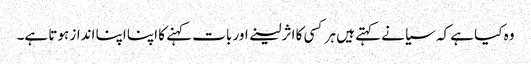
وہ کیا ہے کہ سیانے کہتے ہیں ہر کسی کا اثر لینے اور بات کہنے کا اپنا اپنا انداز ہوتا ہے۔